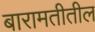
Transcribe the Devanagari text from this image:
बारामतीतील